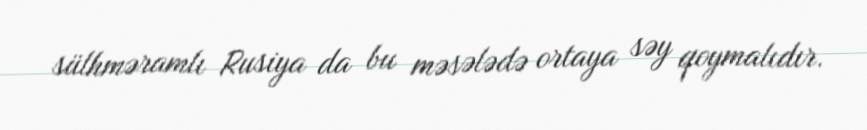
sülhməramlı Rusiya da bu məsələdə ortaya səy qoymalıdır.